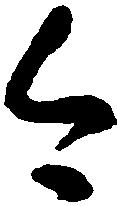
今